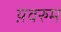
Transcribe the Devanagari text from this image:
य़वरुम